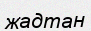
жадтан